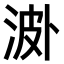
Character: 𣵝